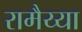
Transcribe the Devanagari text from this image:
रामैय्या